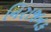
નિરાજનક